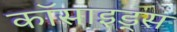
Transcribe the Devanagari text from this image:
कॉसाइड्स